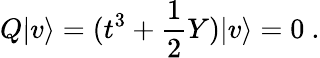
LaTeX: Q|v\rangle=(t^{3}+\frac{1}{2}Y)|v\rangle=0~.